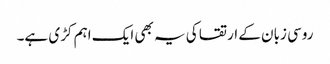
روسی زبان کے ارتقا کی یہ بھی ایک اہم کڑی ہے۔